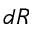
d R